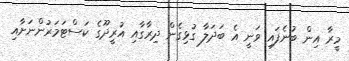
މީރާ އިން ބުނެފައި ވަނީ އެ ބަދަލާ ގުޅިގެން ދިރާގާއި އުރީދޫގެ ކަސްޓަމަރުންނަށާއި